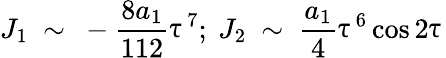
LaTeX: J_{1}\ \sim\ -\frac{8a_{1}}{112}\uptau^{7};\ J_{2}\ \sim\ \frac{a_{1}}{4}\uptau^{6}\cos 2\uptau